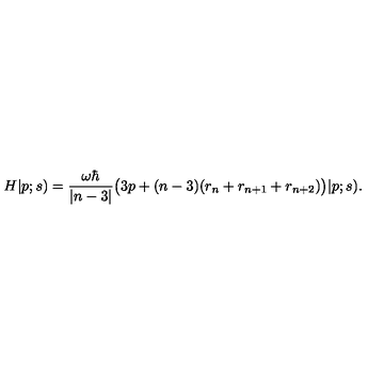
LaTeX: H | p ; s ) = { \frac { \omega \hbar } { | n - 3 | } } \big ( 3 p + ( n - 3 ) ( r _ { n } + r _ { n + 1 } + r _ { n + 2 } ) \big ) | p ; s ) .